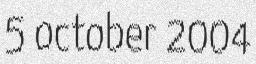
5 october 2004